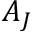
A _ { J }